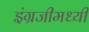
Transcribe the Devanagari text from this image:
इंग्रजीमध्यी